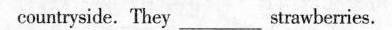
countryside. They___strawberries.